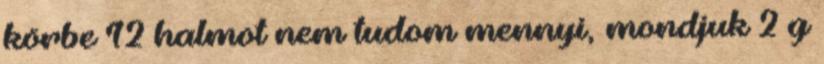
körbe 12 halmot nem tudom mennyi, mondjuk 2 g